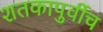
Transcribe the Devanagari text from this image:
शतकापुर्वीच